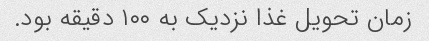
زمان تحویل غذا نزدیک به ۱۰۰ دقیقه بود.